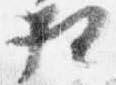
相